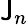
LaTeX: \mathsf{J}_{n}